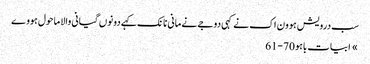
سب درویش ہوون اک نے کہی دوجے نے مانی نانک کہے دونوں گیانی والا ماحول ہووے
» ابیات باہو 70-61